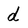
Character: d